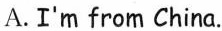
A.I'm from China.